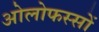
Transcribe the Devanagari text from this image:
ओलोफस्सों